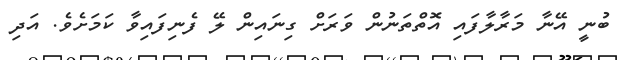
ބުނީ އޭނާ މަރާލާފައި އޮތްތަނުން ވަރަށް ގިނައިން ލޭ ފެނިފައިވާ ކަމަށެވެ. އަދި